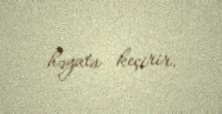
həyata keçirir.